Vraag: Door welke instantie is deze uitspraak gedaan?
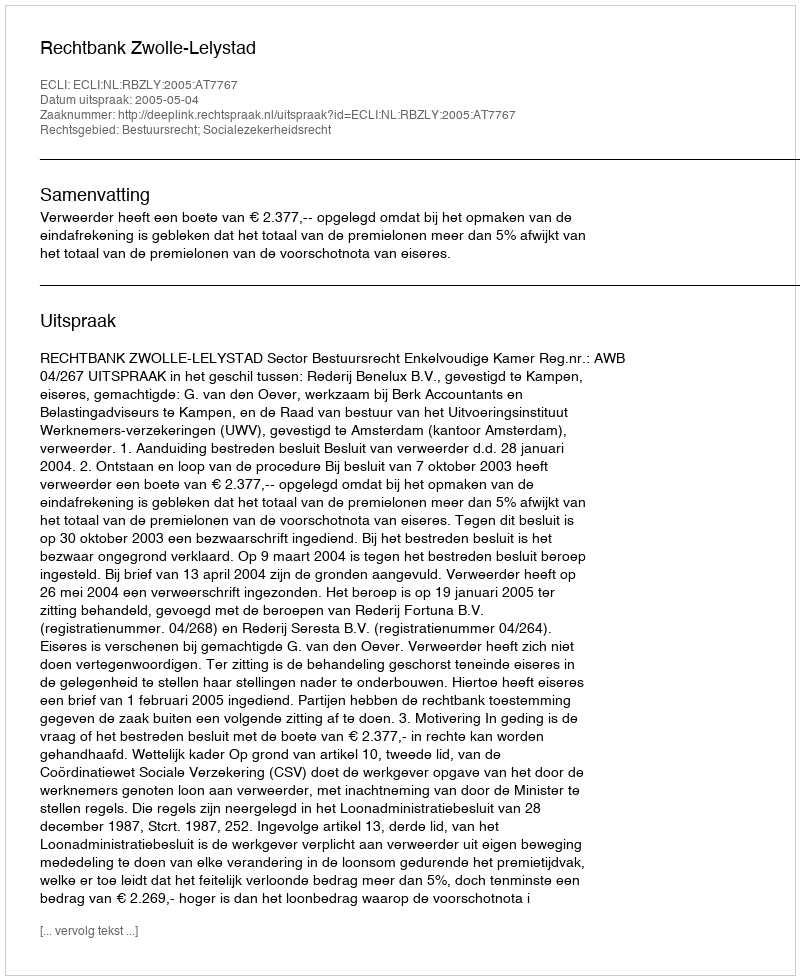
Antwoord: Rechtbank Zwolle-Lelystad